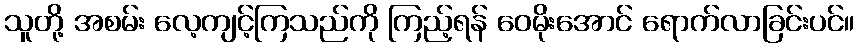
သူတို့ အစမ်း လေ့ကျင့်ကြသည်ကို ကြည့်ရန် ဝေမိုးအောင် ရောက်လာခြင်းပင်။